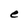
Character: e